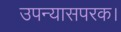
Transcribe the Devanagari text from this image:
उपन्यासपरक।